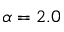
\alpha = 2 . 0